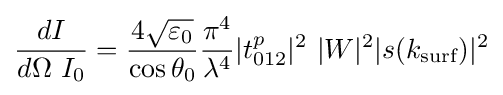
{\frac {dI}{d\Omega \ I_{0}}}={\frac {4{\sqrt {\varepsilon _{0}}}}{\cos {\theta _{0}}}}{\frac {\pi ^{4}}{\lambda ^{4}}}|t_{012}^{p}|^{2}\ |W|^{2}|s(k_{\text{surf}})|^{2}